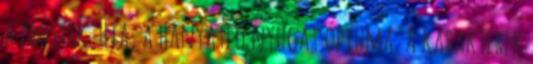
a prostik. Hja, a hanyatló nyugat ópiuma. A karakterek